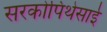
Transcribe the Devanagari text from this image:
सरकोपिथेसाई